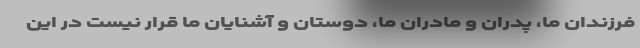
فرزندان ما، پدران و مادران ما، دوستان و آشنایان ما قرار نیست در این